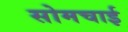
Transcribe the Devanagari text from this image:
सोमचाई